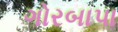
ગોરબાપા